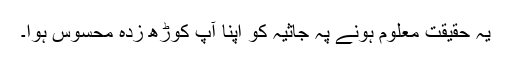
یہ حقیقت معلوم ہونے پہ جاثیہ کو اپنا آپ کوڑھ زدہ محسوس ہوا۔